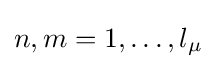
n,m=1,\ldots ,l_{\mu }